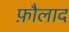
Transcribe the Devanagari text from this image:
फ़ौलाद